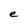
Character: e